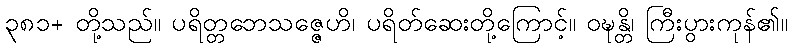
၃၈၁+ တို့သည်။ ပရိတ္တဘေသဇ္ဇေဟိ၊ ပရိတ်ဆေးတို့ကြောင့်။ ဝဍ္ဎန္တိ၊ ကြီးပွားကုန်၏။